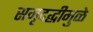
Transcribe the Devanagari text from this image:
समृदद्धीमुळे